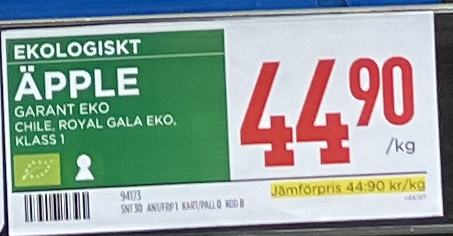
Vara: Äpple
Genomsnittspris: 44.9 per kg